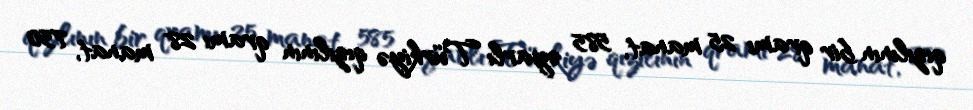
qızılının bir qramı 25 manat, 585 əyarlı Türkiyə qızılının qramı 28 manat, 750